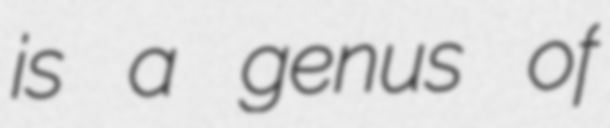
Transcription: is a genus of